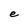
Character: e